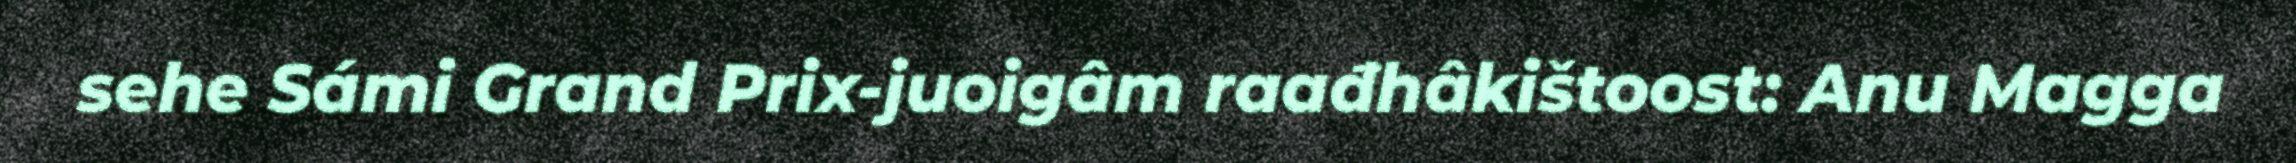
sehe Sámi Grand Prix-juoigâm raađhâkištoost: Anu Magga